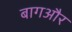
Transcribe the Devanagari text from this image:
बागऔर